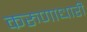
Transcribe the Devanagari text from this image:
करुणाधारी